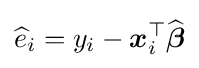
{\widehat {e}}_{i}=y_{i}-{\boldsymbol {x}}_{i}^{\top }{\widehat {\boldsymbol {\beta }}}